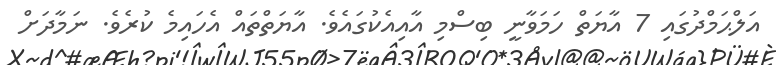
އަލްޙަމްދުގައި 7 އާޔަތް ހަމަވާނީ ބިސްމި އާއިއެކުގައެވެ. އާޔަތްތައް އެހައިމެ ކުރެވެ. ނަމާދަށް